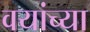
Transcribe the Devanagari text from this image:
वयांच्या